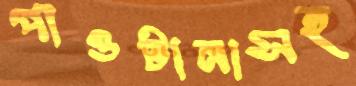
পাওটানাসহ